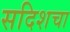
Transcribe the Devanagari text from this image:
सदिशचा